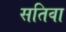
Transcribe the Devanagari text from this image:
सतिवा